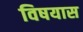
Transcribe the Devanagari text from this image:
विषयास